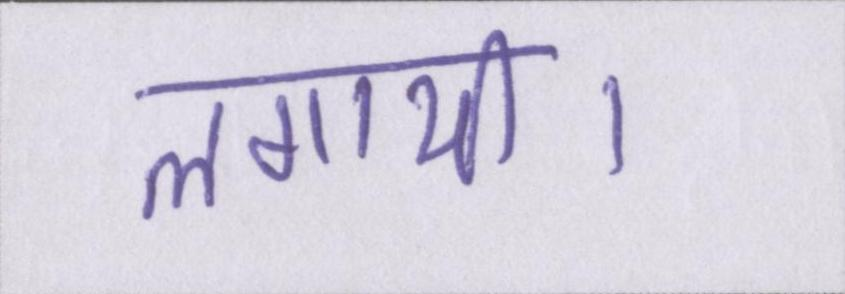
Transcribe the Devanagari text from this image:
लगायी।